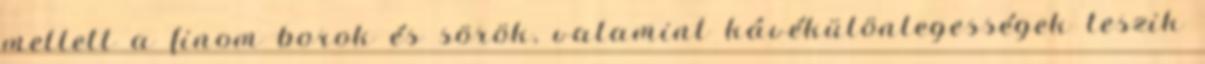
mellett a finom borok és sörök, valamint kávékülönlegességek teszik